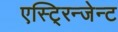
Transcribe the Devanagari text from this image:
एस्टि्रन्जेन्ट